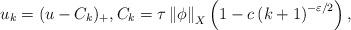
LaTeX: \begin{align*}u_{k}=(u-C_{k})_{+},C_{k}=\tau \left\Vert \phi \right\Vert _{X}\left(1-c\left( k+1\right) ^{-\varepsilon /2}\right) , \end{align*}